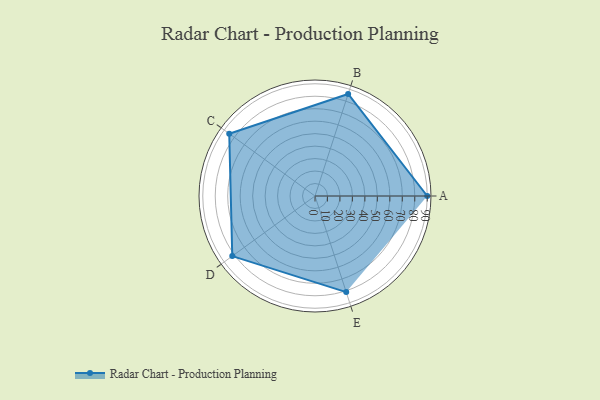
{"axis": {"x": "Skill", "y": "Score"}, "legend": ["Profile"], "data": [{"x": "A", "y": 90.0, "type": "Profile"}, {"x": "B", "y": 86.0, "type": "Profile"}, {"x": "C", "y": 85.0, "type": "Profile"}, {"x": "D", "y": 82.0, "type": "Profile"}, {"x": "E", "y": 81.0, "type": "Profile"}]}